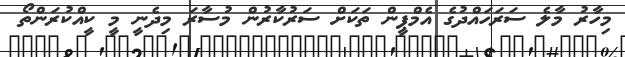
މިހާރު މާލެ ސަރަހައްދުގެ އެމްޕީން ތަކަށް ސަރުކާރުން މުސާރަ މިދެނީ މީ ކީއްކުރަންތޯ